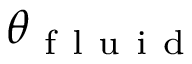
\theta _ { \mathrm { ~ f ~ l ~ u ~ i ~ d ~ } }